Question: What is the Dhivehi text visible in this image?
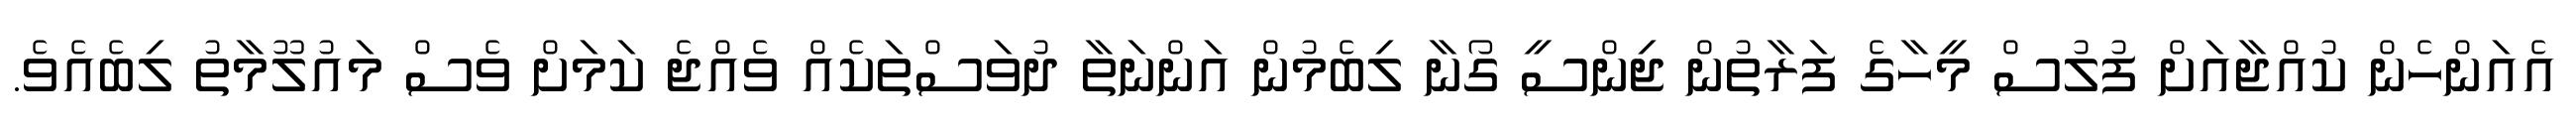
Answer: އެއަންހެން ކުއްޖާއަށް ފުލުސް މީހާގެ ފަރާތުން ޖިންސީ ގޯނާ ލިބެމުން އަންނަތާ ދުވަސްތަކެއް ވެއްޖެ ކަމަށް ވެސް މައުލޫމާތު ލިބެއެވެ.